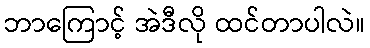
ဘာကြောင့် အဲဒီလို ထင်တာပါလဲ။